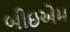
બીઇએમ